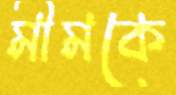
মীমকে